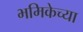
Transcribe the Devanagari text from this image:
भमिकेच्या